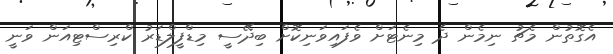
އެގޮތުން މެޗު ނިމެން ދެ މިނެޓަށް ވެފައިވަނިކޮށް ބިދޭސީ މިޑްފީލްޑަރު ކްރިސްޓިއަން ވަނީ